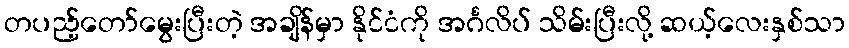
တပည့်တော်မွေးပြီးတဲ့ အချိန်မှာ နိုင်ငံကို အင်္ဂလိပ် သိမ်းပြီးလို့ ဆယ့်လေးနှစ်သာ